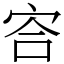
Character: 㝓